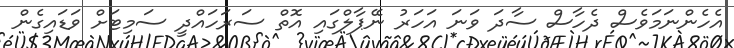
އެހެންނަމަވެސް ދެހާސް ސާދަ ވަނަ އަހަރު ނޭޕާލްގައި އޮތް ސަރަހައްދީ ސަމިޓަށް ވަޑައިގެން